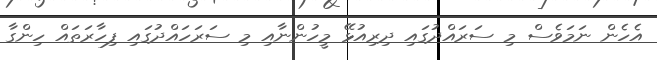
އެހެން ނަމަވެސް މި ސަރައްދުގައި ދިރިއުޅޭ މީހުންނާއި މި ސަރަހައްދުގައި ފިހާރަތައް ހިންގާ